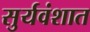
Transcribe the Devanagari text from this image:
सुर्यवंशात